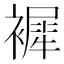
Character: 䙙